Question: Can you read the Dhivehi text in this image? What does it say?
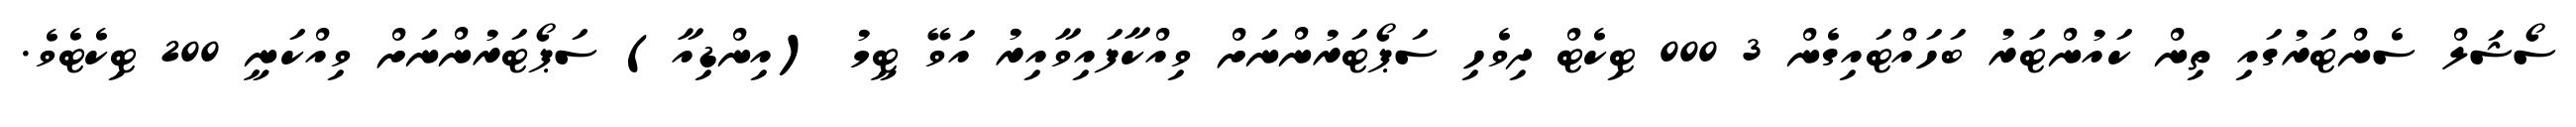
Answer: ސޯޝަލް ސެންޓަރުގައި ތިން ކައުންޓަރު ބަހައްޓައިގެން 3 000 ޓިކެޓް ދިވެހި ސަޕޯޓަރުންނަށް ވިއްކާފައިވާއިރު އަވޭ ޓީމު (އިންޑިއާ) ސަޕޯޓަރުންނަށް ވިއްކަނީ 200 ޓިކެޓެވެ.